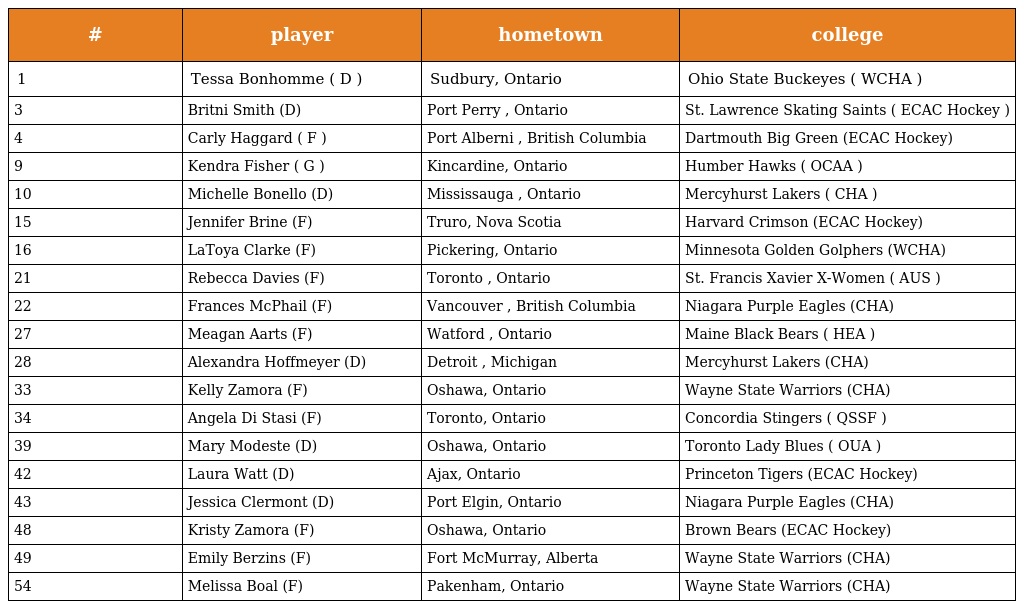
| # | player | hometown | college |
 | --- | --- | --- | --- |
 | 1 | Tessa Bonhomme ( D ) | Sudbury, Ontario | Ohio State Buckeyes ( WCHA ) |
 | 3 | Britni Smith (D) | Port Perry , Ontario | St. Lawrence Skating Saints ( ECAC Hockey ) |
 | 4 | Carly Haggard ( F ) | Port Alberni , British Columbia | Dartmouth Big Green (ECAC Hockey) |
 | 9 | Kendra Fisher ( G ) | Kincardine, Ontario | Humber Hawks ( OCAA ) |
 | 10 | Michelle Bonello (D) | Mississauga , Ontario | Mercyhurst Lakers ( CHA ) |
 | 15 | Jennifer Brine (F) | Truro, Nova Scotia | Harvard Crimson (ECAC Hockey) |
 | 16 | LaToya Clarke (F) | Pickering, Ontario | Minnesota Golden Golphers (WCHA) |
 | 21 | Rebecca Davies (F) | Toronto , Ontario | St. Francis Xavier X-Women ( AUS ) |
 | 22 | Frances McPhail (F) | Vancouver , British Columbia | Niagara Purple Eagles (CHA) |
 | 27 | Meagan Aarts (F) | Watford , Ontario | Maine Black Bears ( HEA ) |
 | 28 | Alexandra Hoffmeyer (D) | Detroit , Michigan | Mercyhurst Lakers (CHA) |
 | 33 | Kelly Zamora (F) | Oshawa, Ontario | Wayne State Warriors (CHA) |
 | 34 | Angela Di Stasi (F) | Toronto, Ontario | Concordia Stingers ( QSSF ) |
 | 39 | Mary Modeste (D) | Oshawa, Ontario | Toronto Lady Blues ( OUA ) |
 | 42 | Laura Watt (D) | Ajax, Ontario | Princeton Tigers (ECAC Hockey) |
 | 43 | Jessica Clermont (D) | Port Elgin, Ontario | Niagara Purple Eagles (CHA) |
 | 48 | Kristy Zamora (F) | Oshawa, Ontario | Brown Bears (ECAC Hockey) |
 | 49 | Emily Berzins (F) | Fort McMurray, Alberta | Wayne State Warriors (CHA) |
 | 54 | Melissa Boal (F) | Pakenham, Ontario | Wayne State Warriors (CHA) |